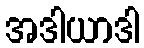
အဒါယာဒါ